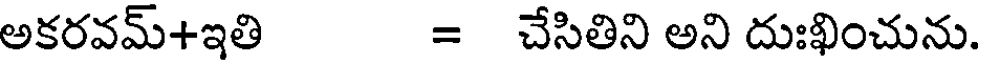
అకరవమ్+ఇతి = చేసితిని అని దుఃఖించును.